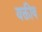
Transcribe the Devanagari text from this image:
यक्तीव